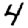
Digit: 4